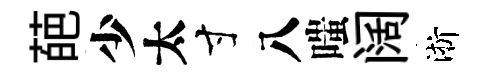
葩少太寸八嗤阔淅